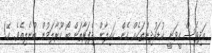
އަދިވެސް ހީވަނީ ކުޑަކުދިންތަކެއް ހެން. ކައިލާން ދެފަރާތަށް ބޯ ހޫރާލަމުން ބުނެލިއެވެ. ހޭ!